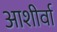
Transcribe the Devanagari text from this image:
आशीर्वा